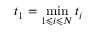
t _ { 1 } = \operatorname* { m i n } _ { 1 \leqslant i \leqslant N } t _ { i }